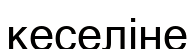
кеселіне